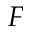
F